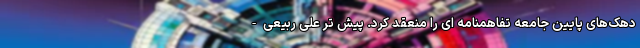
دهک‌های پایین جامعه تفاهمنامه ای را منعقد کرد. پیش تر علی ربیعی-